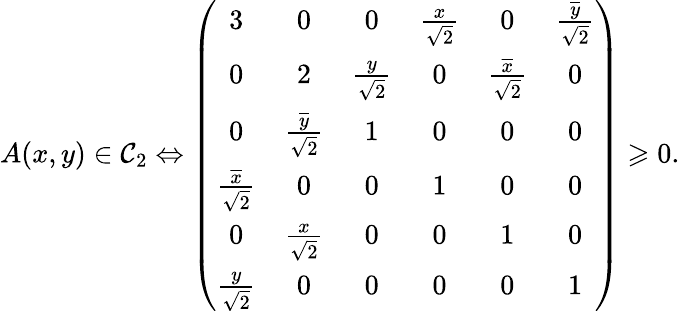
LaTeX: A(x,y)\in\mathcal C_{2}\Leftrightarrow\left(\begin{array}{cccccc}{3}&{0}&{0}&{\frac{x}{\sqrt{2}}}&{0}&{\frac{\overline{y}}{\sqrt{2}}}\\ {0}&{2}&{\frac{y}{\sqrt{2}}}&{0}&{\frac{\overline{x}}{\sqrt{2}}}&{0}\\ {0}&{\frac{\overline{y}}{\sqrt{2}}}&{1}&{0}&{0}&{0}\\ {\frac{\overline{x}}{\sqrt{2}}}&{0}&{0}&{1}&{0}&{0}\\ {0}&{\frac{x}{\sqrt{2}}}&{0}&{0}&{1}&{0}\\ {\frac{y}{\sqrt{2}}}&{0}&{0}&{0}&{0}&{1}\end{array}\right)\geqslant 0.